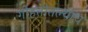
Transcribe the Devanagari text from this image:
गोहत्तीतल्याच